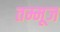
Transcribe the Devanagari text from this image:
तम्मूज